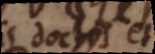
doctis et